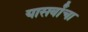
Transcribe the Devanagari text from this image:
यासर्वांचा